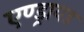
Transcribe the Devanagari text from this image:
एण्ड्रायड